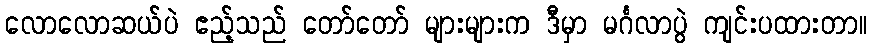
လောလောဆယ်ပဲ ဧည့်သည် တော်တော် များများက ဒီမှာ မင်္ဂလာပွဲ ကျင်းပထားတာ။